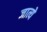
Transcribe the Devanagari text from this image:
जात्ये